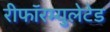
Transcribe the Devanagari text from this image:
रीफॉरम्युलेटेड